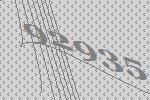
92935